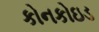
કોનકોઇડ